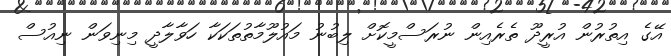
އޭގެ އިތުރުން އުރީދޫ ތެރެއިން ނުރަސްމީކޮށް ލިބުނު މައުލޫމާތުތަކަކާ ހަވާލާދީ މިނިވަން ނިއުސް